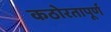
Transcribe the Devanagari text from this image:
कठोरतापूर्ण